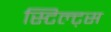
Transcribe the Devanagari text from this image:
स्टिल्ट्स